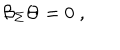
\mathcal { B } _ { \Sigma } \Theta = 0 \; ,